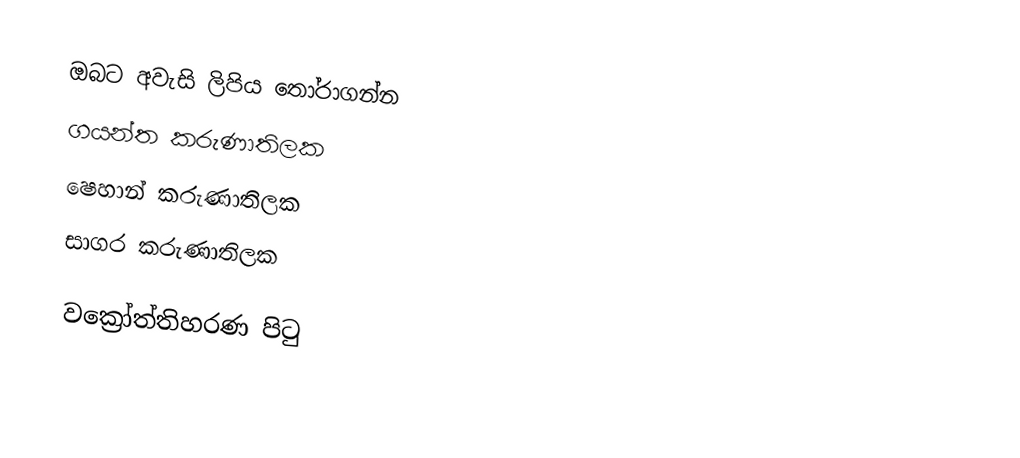
ඔබට අවැසි ලිපිය තෝරාගන්න
 ගයන්ත කරුණාතිලක
 ෂෙහාන් කරුණාතිලක
 සාගර කරුණාතිලක

වක්‍රෝත්තිහරණ පිටු